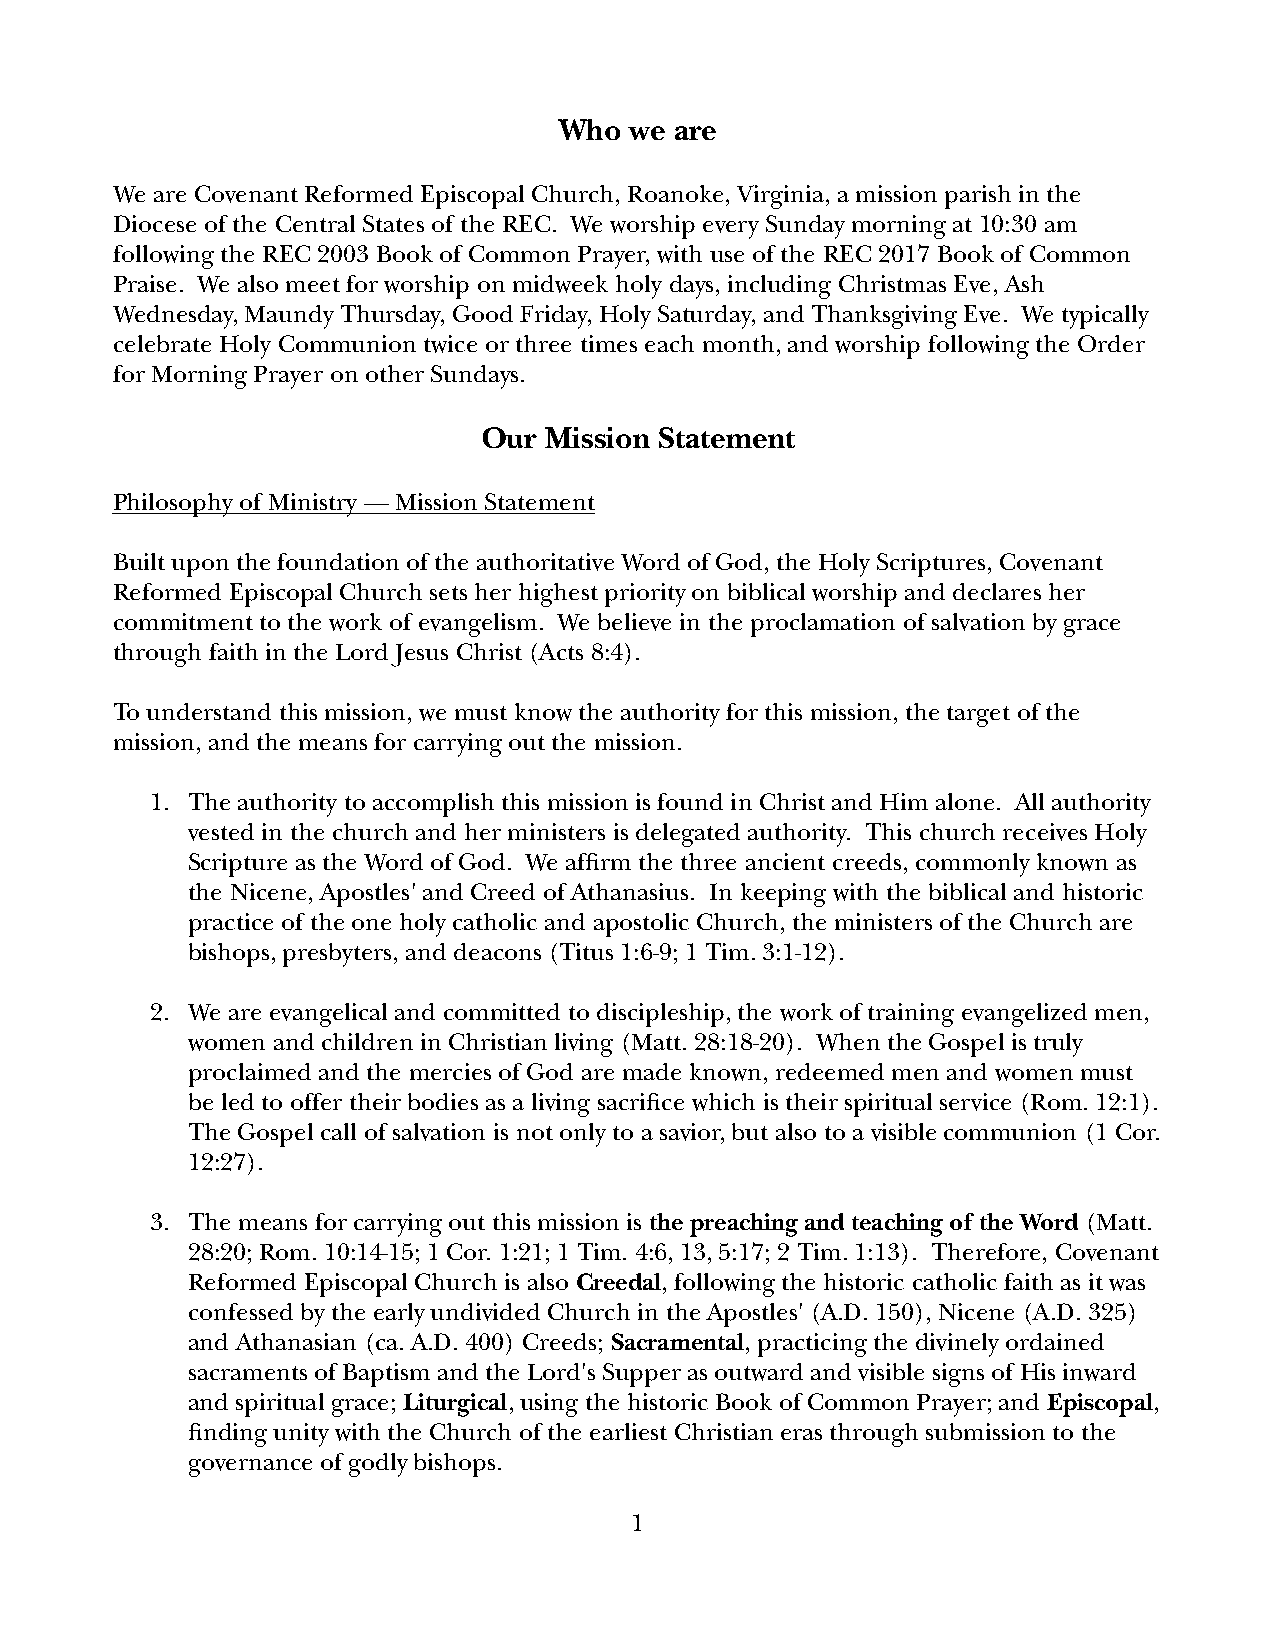
Who  we are
 We are Covenant Reformed Episcopal Church, Roanoke, Virginia, a mission parish in the
 Diocese of the Central States of the REC. We worship every Sunday morning at 10:30 am
 following the REC 2003 Book of Common Prayer, with use of the REC 2017 Book of Common
 Praise. We also meet for worship on midweek holy days, including Christmas Eve, Ash
 Wednesday, Maundy Thursday, Good Friday, Holy Saturday, and Thanksgiving Eve. We typically
 celebrate Holy Communion twice or three times each month, and worship following the Order
 for Morning Prayer on other Sundays.
 Our Mission Statement
 Philosophy of Ministry — Mission Statement
 Built upon the foundation of the authoritative Word of God, the Holy Scriptures, Covenant
 Reformed Episcopal Church sets her highest priority on biblical worship and declares her
 commitment to the work of evangelism. We believe in the proclamation of salvation by grace
 through faith in the Lord Jesus Christ (Acts 8:4).
 To understand this mission, we must know the authority for this mission, the target of the
 mission, and the means for carrying out the mission.
 1. The authority to accomplish this mission is found in Christ and Him alone. All authority
 vested in the church and her ministers is delegated authority. This church receives Holy
 Scripture as the Word of God. We affirm the three ancient creeds, commonly known as
 the Nicene, Apostles' and Creed of Athanasius. In keeping with the biblical and historic
 practice of the one holy catholic and apostolic Church, the ministers of the Church are
 bishops, presbyters, and deacons (Titus 1:6-9; 1 Tim. 3:1-12).
 2. We are evangelical and committed to discipleship, the work of training evangelized men,
 women and children in Christian living (Matt. 28:18-20). When the Gospel is truly
 proclaimed and the mercies of God are made known, redeemed men and women must
 be led to offer their bodies as a living sacrifice which is their spiritual service (Rom. 12:1).
 The Gospel call of salvation is not only to a savior, but also to a visible communion (1 Cor.
 12:27).
 3. The means for carrying out this mission is the preaching and teaching of the Word (Matt.
 28:20; Rom. 10:14-15; 1 Cor. 1:21; 1 Tim. 4:6, 13, 5:17; 2 Tim. 1:13). Therefore, Covenant
 Reformed Episcopal Church is also Creedal, following the historic catholic faith as it was
 confessed by the early undivided Church in the Apostles' (A.D. 150), Nicene (A.D. 325)
 and Athanasian (ca. A.D. 400) Creeds; Sacramental, practicing the divinely ordained
 sacraments of Baptism and the Lord's Supper as outward and visible signs of His inward
 and spiritual grace; Liturgical, using the historic Book of Common Prayer; and Episcopal,
 finding unity with the Church of the earliest Christian eras through submission to the
 governance of godly bishops.
 1